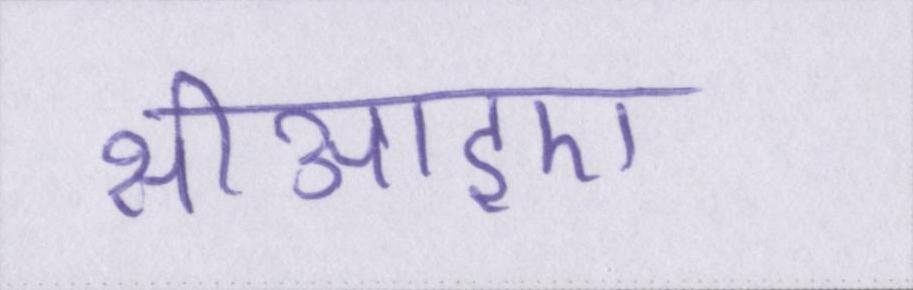
सीआइए